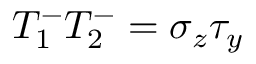
T _ { 1 } ^ { - } T _ { 2 } ^ { - } = \sigma _ { z } \tau _ { y }